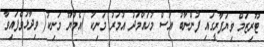
ޓޫރިޒަމް ވިޔަފާރީގައި ފުންނާބު އުސް މުހައްމަދު އުމަރު މަނިިކު )އެމްޔޫ މަނިކު( ވިދާޅުވެފައިވާ